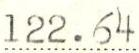
122.64